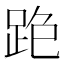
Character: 𨀓